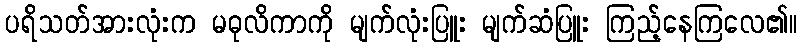
ပရိသတ်အားလုံးက မဓုလိကာကို မျက်လုံးပြူး မျက်ဆံပြူး ကြည့်နေကြလေ၏။